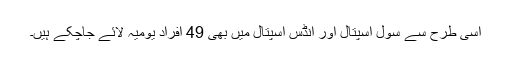
اسی طرح سے سول اسپتال اور انڈس اسپتال میں بھی 49 افراد یومیہ لائے جاچکے ہیں۔